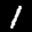
Label: 1